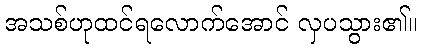
အသစ်ဟုထင်ရလောက်အောင် လှပသွား၏။